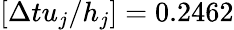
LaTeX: [\Delta tu_{j}/h_{j}]=0.2462